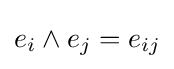
{e}_{i}\wedge {e}_{j}={e}_{ij}